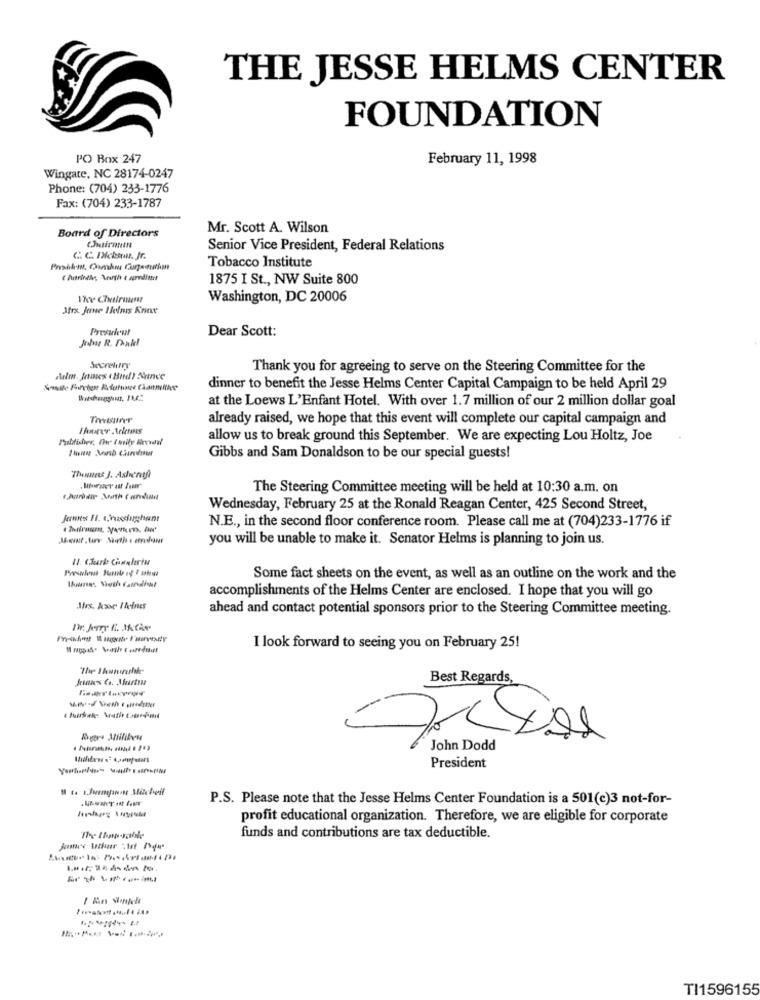
THE JESSE HELMS CENTER
FOUNDATION
PO Box 247
February 11, 1998
Wingate, NC 28174-0247
Phone: (704) 233-1776
Fax: (704) 233-1787
Mr. Scott A. Wilson
Board of Directors
(JutiranIN
Senior Vice President, Federal Relations
C. C. Ichsu. Jr.
Tobacco Institute
1875 I St ., NW Suite 800
Washington, DC 20006
Atrx Jone Helms Krav
Presuleut
Dear Scott:
Jeitose R. Danke!
Secretary
Thank you for agreeing to serve on the Steering Committee for the
Adm. Jones ( Bud) ance
dinner to benefit the Jesse Helms Center Capital Campaign to be held April 29
at the Loews L'Enfant Hotel. With over 1.7 million of our 2 million dollar goal
already raised, we hope that this event will complete our capital campaign and
Ifourer .Aekmans
allow us to break ground this September. We are expecting Lou Holtz, Joe
Gibbs and Sam Donaldson to be our special guests!
Thomas J. Asheraf
The Steering Committee meeting will be held at 10:30 a.m. on
Wednesday, February 25 at the Ronald Reagan Center, 425 Second Street,
N.E ., in the second floor conference room. Please call me at (704)233-1776 if
you will be unable to make it. Senator Helms is planning to join us.
Il. Clark Chualerta
Some fact sheets on the event, as well as an outline on the work and the
accomplishments of the Helms Center are enclosed. I hope that you will go
ahead and contact potential sponsors prior to the Steering Committee meeting.
I look forward to seeing you on February 25!
Best Regards,
Rugtes Milliben
John Dodd
President
P.S. Please note that the Jesse Helms Center Foundation is a 501(c)3 not-for-
profit educational organization. Therefore, we are eligible for corporate
funds and contributions are tax deductible.
---
TI1596155